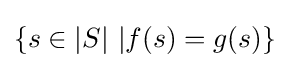
\{s\in |S|\ |f(s)=g(s)\}